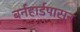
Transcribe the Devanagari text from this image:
बर्नहार्डपासून